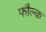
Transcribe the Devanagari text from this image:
फौल्क